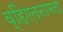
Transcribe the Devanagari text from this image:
व्हिएतनामला